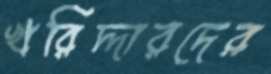
খরিদ্দারদের